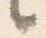
々